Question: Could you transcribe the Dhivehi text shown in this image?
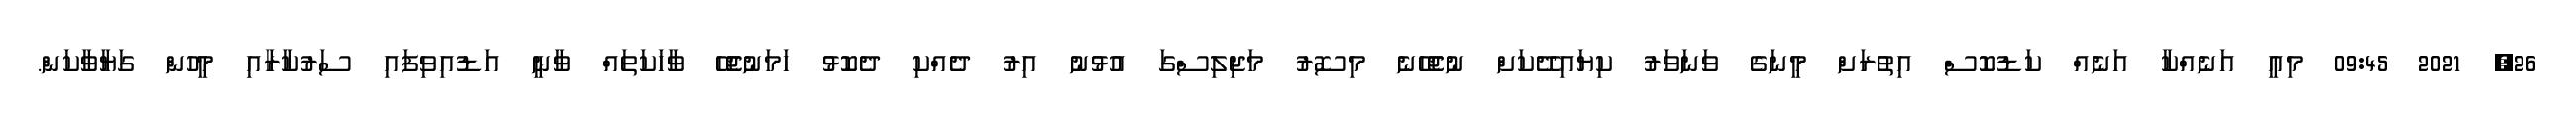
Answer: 26, 2021 09:45 މިއީ އަނެއްކާ އަނެއް ކަޑުކޮސް އިތުރަށް މީނަގެ ވަނަވަރު ކިޔައިދޭކަށް ނުޖެހޭނެ މިސޮރު މަޖިލިސްގަ އުޅުނު އިރު ދެއްކި ދެކޮޅު ހަމަނުޖެހޭ ވާހަކަތައް ވާނީ އަޑުއިވިފައި ސަރުކާރާއި މީހުން ގަޔާވާކަން.